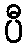
ပီ